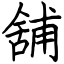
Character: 舖